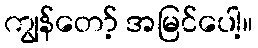
ကျွန်တော့် အမြင်ပေါ့။